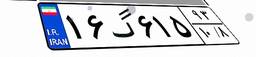
۶۹گ۱۳۵۲۷